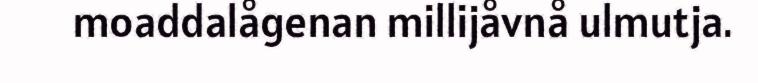
moaddalågenan millijåvnå ulmutja.